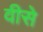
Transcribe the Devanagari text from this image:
वीसे